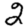
Digit: 2